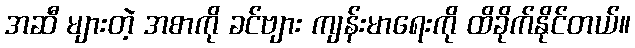
အဆီ များတဲ့ အစာကို ခင်ဗျား ကျန်းမာရေးကို ထိခိုက်နိုင်တယ်။